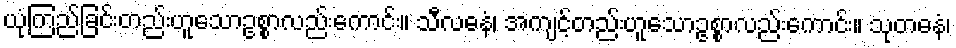
ယုံကြည်ခြင်းတည်းဟူသောဥစ္စာလည်းကောင်း။ သီလဓနံ၊ အကျင့်တည်းဟူသောဥစ္စာလည်းကောင်း။ သုတဓနံ၊